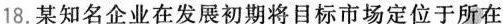
18.某知名企业在发展初期将目标市场定位于所在